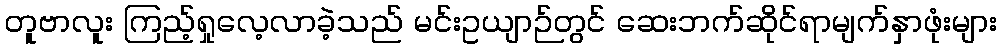
တူဗာလူး ကြည့်ရှုလေ့လာခဲ့သည် မင်းဥယျာဉ်တွင် ဆေးဘက်ဆိုင်ရာမျက်နှာဖုံးများ